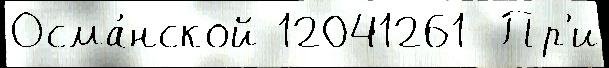
Осма́нской 12041261  Пр'и